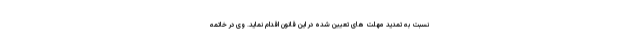
نسبت به تمدید مهلت های تعیین شده در این قانون اقدام نماید. وی در خاتمه